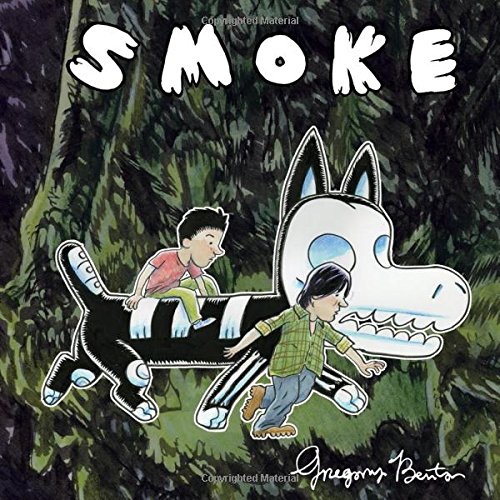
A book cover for Smoke; Comics & Graphic Novels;